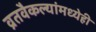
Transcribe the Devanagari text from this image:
व्रतवैकल्यांमध्येही